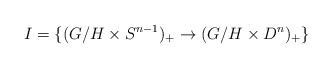
\begin{align*}I = \{(G/H \times S^{n-1})_+ \to (G/H \times D^n)_+\}\end{align*}